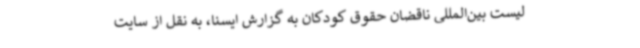
لیست بین‌المللی ناقضان حقوق کودکان به گزارش ایسنا، به نقل از سایت